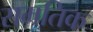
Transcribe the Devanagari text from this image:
समतिक